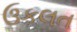
ઉકલત